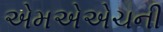
એમએએચની